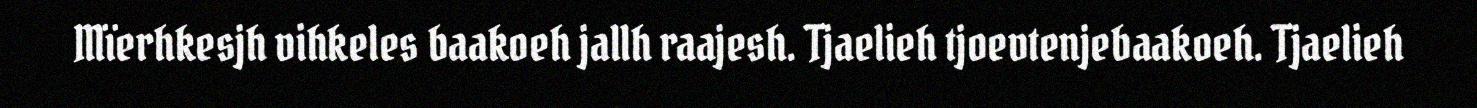
Mïerhkesjh vihkeles baakoeh jallh raajesh. Tjaelieh tjoevtenjebaakoeh. Tjaelieh